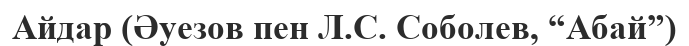
Айдар (Әуезов пен Л.С. Соболев, “Абай”)